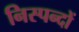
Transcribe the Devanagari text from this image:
निस्पन्दों